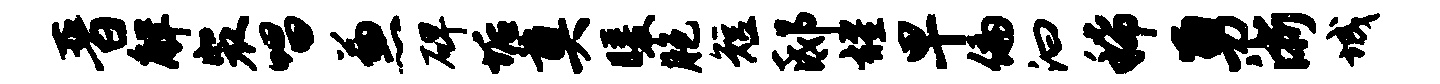
晋解裴唱兼碑垢奠暖胞短邸耀早偏汩稀勇浙城